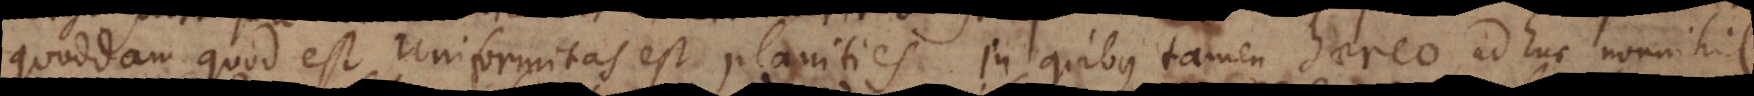
Quoddam quod est uniformitas est planities. In quibus tamen haereo adhuc nonnihil.